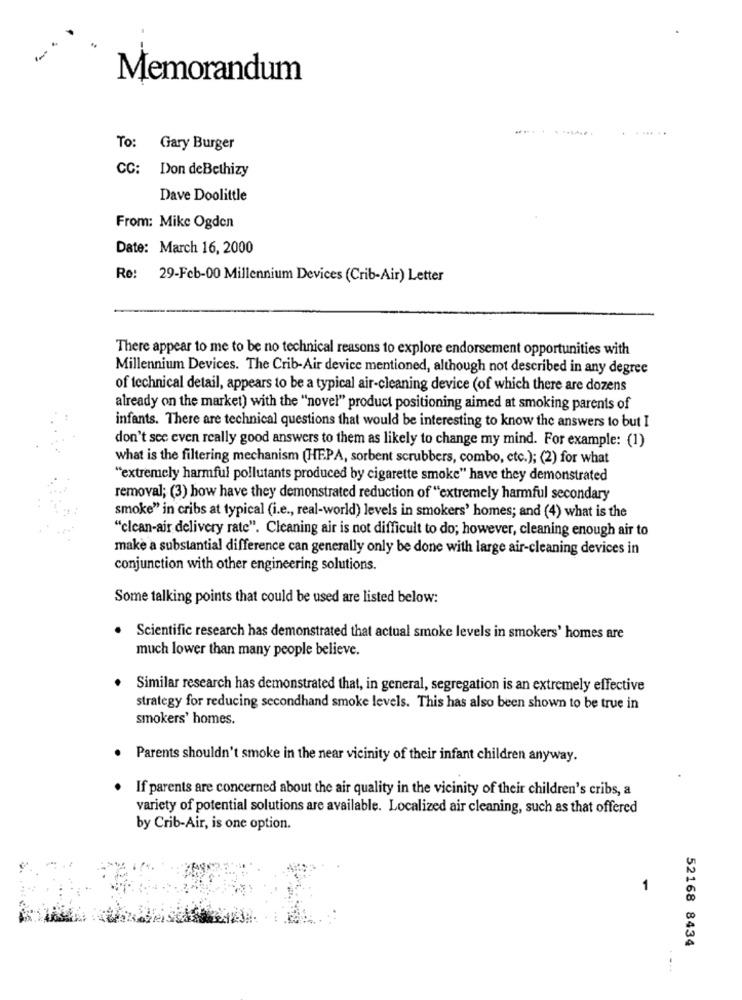
Memorandum
... . .......
To: Gary Burger
CC: Don deBethizy
Dave Doolittle
From: Mike Ogden
Date: March 16, 2000
Re: 29-Feb-00 Millennium Devices (Crib-Air) Letter
There appear to me to be no technical reasons to explore endorsement opportunities with
Millennium Devices. The Crib-Air device mentioned, although not described in any degree
of technical detail, appears to be a typical air-cleaning device (of which there are dozens
already on the market) with the "novel" product positioning aimed at smoking parents of
infants. There are technical questions that would be interesting to know the answers to but I
don't see even really good answers to them as likely to change my mind. For example: (1)
what is the filtering mechanism (HEPA, sorbent scrubbers, combo, etc.); (2) for what
"extremely harmful pollutants produced by cigarette smoke" have they demonstrated
removal; (3) how have they demonstrated reduction of "extremely harmful secondary
smoke" in cribs at typical (i.e ., real-world) levels in smokers' homes; and (4) what is the
"clean-air delivery rate". Cleaning air is not difficult to do; however, cleaning enough air to
make a substantial difference can generally only be done with large air-cleaning devices in
conjunction with other engineering solutions.
Some talking points that could be used are listed below:
. Scientific research has demonstrated that actual smoke levels in smokers' homes are
much lower than many people believe.
Similar research has demonstrated that, in general, segregation is an extremely effective
strategy for reducing secondhand smoke levels. This has also been shown to be true in
smokers' homes.
. Parents shouldn't smoke in the near vicinity of their infant children anyway.
If parents are concerned about the air quality in the vicinity of their children's cribs, a
variety of potential solutions are available. Localized air cleaning, such as that offered
by Crib-Air, is one option.
1
52168 8434